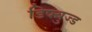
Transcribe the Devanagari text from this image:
डिफ्युज्ड